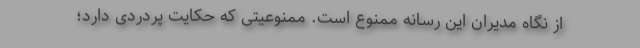
از نگاه مدیران این رسانه ممنوع است. ممنوعیتی که حکایت پردردی دارد؛